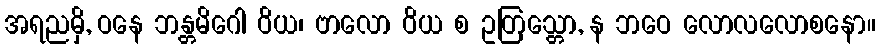
အရညမှိ, ဝနေ ဘန္တမိဂေါ ဝိယ၊ ဗာလော ဝိယ စ ဥတြသ္တော, န ဘဝေ လောလလောစနော။